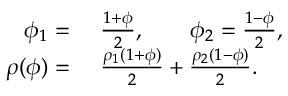
\begin{array} { r l } { \phi _ { 1 } = } & { { } ~ \frac { 1 + \phi } { 2 } , \quad \quad \phi _ { 2 } = \frac { 1 - \phi } { 2 } , } \\ { \rho ( \phi ) = } & { { } ~ \frac { \rho _ { 1 } ( 1 + \phi ) } { 2 } + \frac { \rho _ { 2 } ( 1 - \phi ) } { 2 } . } \end{array}